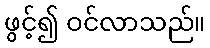
ဖွင့်၍ ဝင်လာသည်။